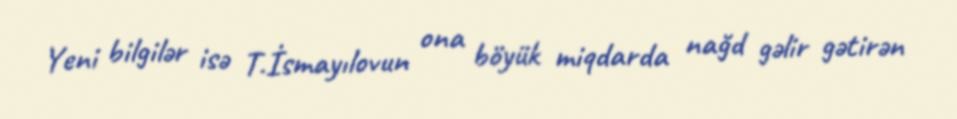
Yeni bilgilər isə T.İsmayılovun ona böyük miqdarda nağd gəlir gətirən